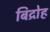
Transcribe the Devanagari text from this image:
बिद्रोह